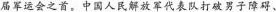
届军运会之首。中国人民解放军代表队打破男子障碍、